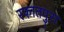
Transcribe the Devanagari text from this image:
रफातपुरा